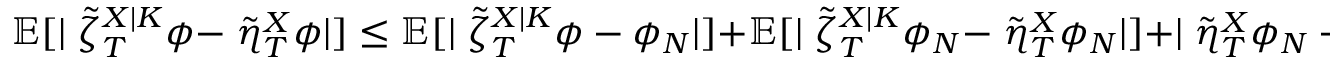
\mathbb { E } [ | \angles { \tilde { \zeta } _ { T } ^ { X | K } } { \phi } - \angles { \tilde { \eta } _ { T } ^ { X } } { \phi } | ] \leq \mathbb { E } [ | \angles { \tilde { \zeta } _ { T } ^ { X | K } } { \phi - \phi _ { N } } | ] + \mathbb { E } [ | \angles { \tilde { \zeta } _ { T } ^ { X | K } } { \phi _ { N } } - \angles { \tilde { \eta } _ { T } ^ { X } } { \phi _ { N } } | ] + | \angles { \tilde { \eta } _ { T } ^ { X } } { \phi _ { N } - \phi } |